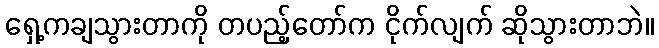
ရှေ့ကချသွားတာကို တပည့်တော်က ငိုက်လျက် ဆိုသွားတာဘဲ။